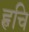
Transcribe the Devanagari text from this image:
ह्वचि